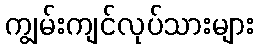
ကျွမ်းကျင်လုပ်သားများ